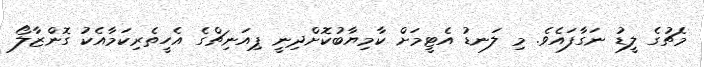
މެޗުގެ ލީޑު ނަގާފައެވެ. މި ލަނޑު އެޓީމަށް ކާމިޔާބުކޮށްދިނީ ޕިއަނިޗްގެ އެހީތެރިކަމާއެކު ގޮންޒާލޯ